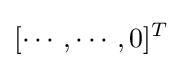
[\cdots ,\cdots ,0]^{T}